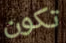
تكون